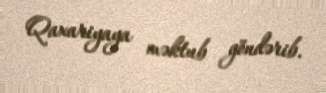
Qaxariyaya məktub göndərib.